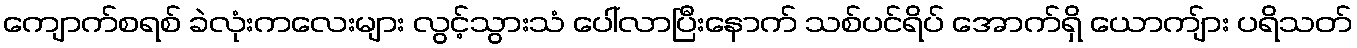
ကျောက်စရစ် ခဲလုံးကလေးများ လွင့်သွားသံ ပေါ်လာပြီးနောက် သစ်ပင်ရိပ် အောက်ရှိ ယောကျ်ား ပရိသတ်